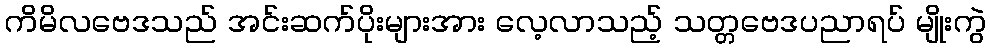
ကိမိလဗေဒသည် အင်းဆက်ပိုးများအား လေ့လာသည့် သတ္တဗေဒပညာရပ် မျိုးကွဲ